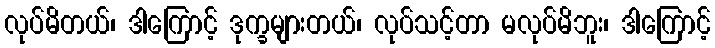
လုပ်မိတယ်၊ ဒါကြောင့် ဒုက္ခများတယ်၊ လုပ်သင့်တာ မလုပ်မိဘူး၊ ဒါကြောင့်